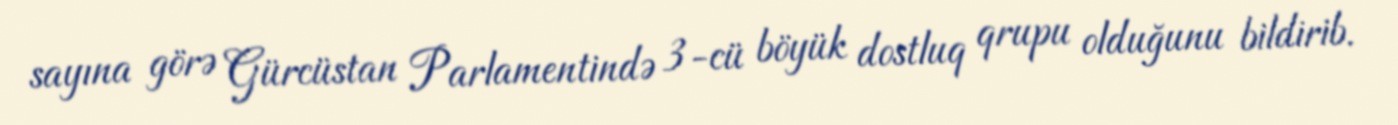
sayına görə Gürcüstan Parlamentində 3-cü böyük dostluq qrupu olduğunu bildirib.